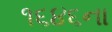
૧૬૪૬ના